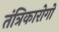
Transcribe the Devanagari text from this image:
तंत्रिकारोगों